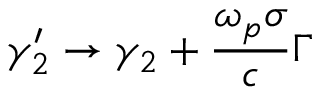
\gamma _ { 2 } ^ { \prime } \rightarrow \gamma _ { 2 } + \frac { \omega _ { p } \sigma } { c } \Gamma